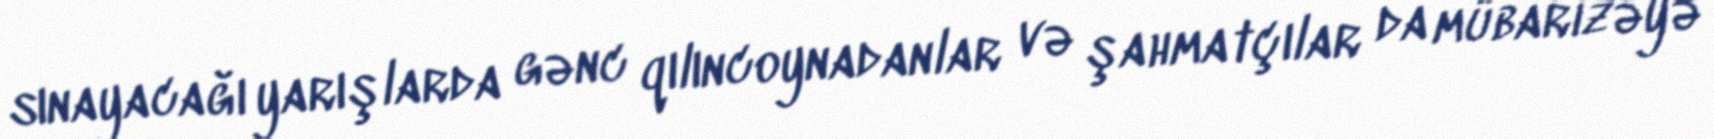
sınayacağı yarışlarda gənc qılıncoynadanlar və şahmatçılar da mübarizəyə